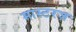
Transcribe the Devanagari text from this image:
मास्टरज़